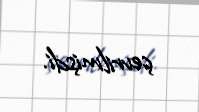
çevrilmişdi.